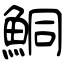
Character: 鮦